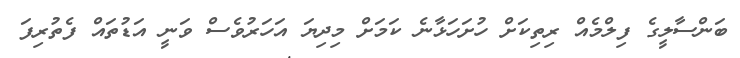
ބަންސާލީގެ ފިލްމެއް ރިތިކަށް ހުށަހަޅާނެ ކަމަށް މިދިޔަ އަހަރުވެސް ވަނީ އަޑުތައް ފެތުރިފަ